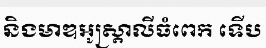
និងមាឌអូស្ត្រាលីធំពេក ទើប